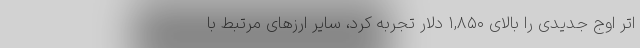
اتر اوج جدیدی را بالای ۱,۸۵۰ دلار تجربه کرد، سایر ارزهای مرتبط با